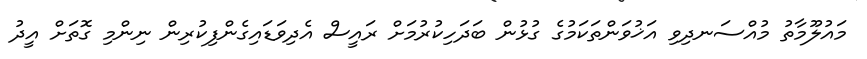
މައުލޫމާތު މުއްސަނދިވި އަޚުވަންތަކަމުގެ ގުޅުން ބަދަހިކުރުމަށް ރައީސް އެދިވަޑައިގެންފިކުރިން ނިންމި ގޮތަށް އީދު